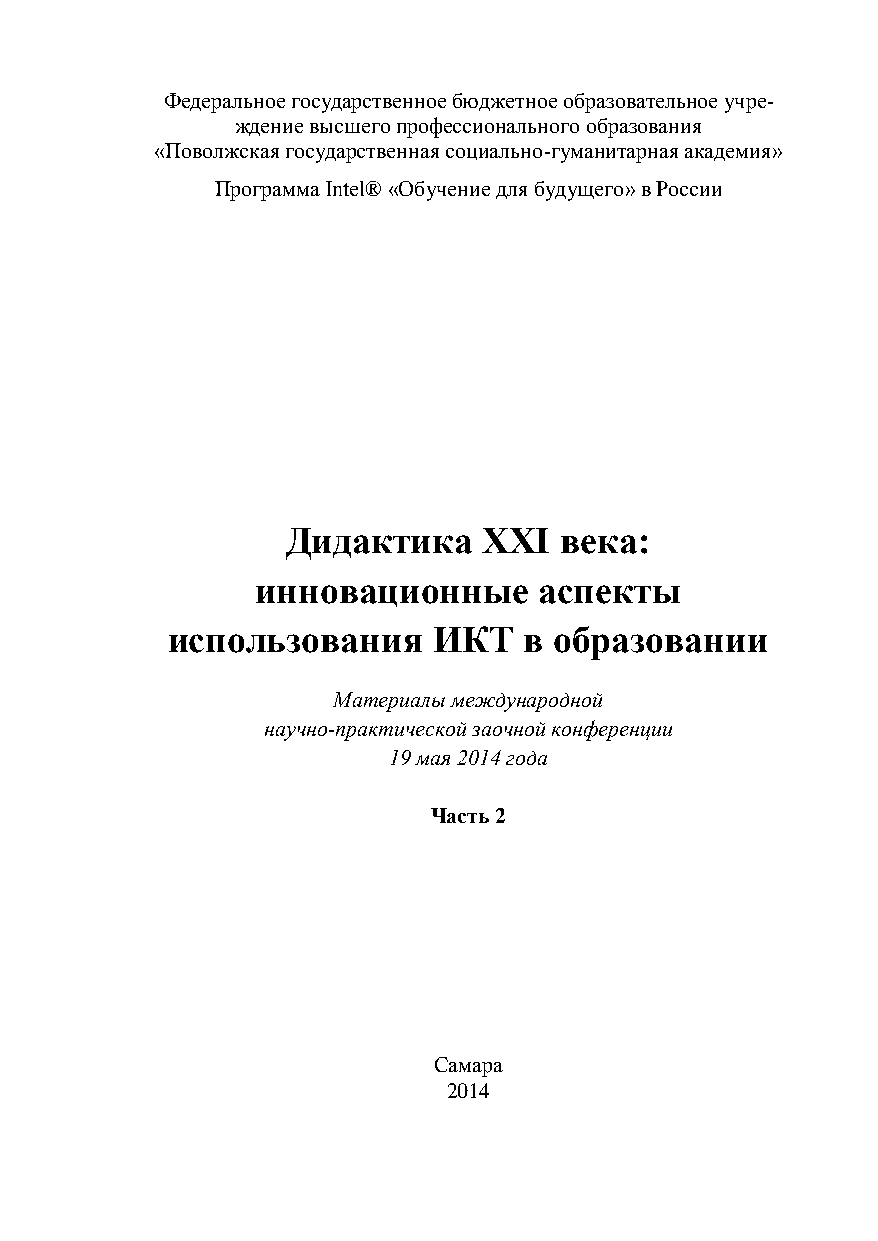
Федеральное государственное бюджетное образовательное учре-
 ждение высшего профессионального образования
 «Поволжская государственная социально-гуманитарная академия»
 Программа Intel® «Обучение для будущего» в России
 Дидактика    XXI  века:
 инновационные      аспекты
 использования     ИКТ   в образовании
 Материалы международной
 научно-практической заочной конференции
 19 мая 2014 года
 Часть 2
 Самара
 2014